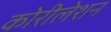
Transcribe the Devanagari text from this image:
कोरीलेशन